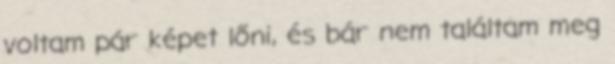
voltam pár képet lőni, és bár nem találtam meg